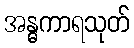
အန္ဓကာရသုတ်